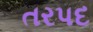
તરપદ